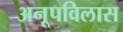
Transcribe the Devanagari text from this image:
अनूपविलास